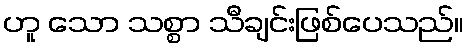
ဟူ သော သစ္စာ သီချင်းဖြစ်ပေသည်။